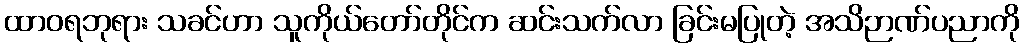
ထာဝရဘုရား သခင်ဟာ သူကိုယ်တော်တိုင်က ဆင်းသက်လာ ခြင်းမပြုတဲ့ အသိဉာဏ်ပညာကို